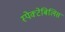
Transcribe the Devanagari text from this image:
स्पेक्टेबिलिस